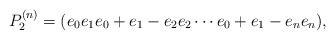
LaTeX: \begin{align*}P^{(n)}_2=(e_0e_1e_0+e_1-e_2e_2\cdots e_0+e_1-e_ne_n),\end{align*}